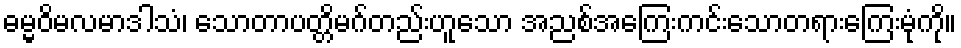
ဓမ္မဝိမလမာဒါသံ၊ သောတာပတ္တိမဂ်တည်းဟူသော အညစ်အကြေးကင်းသောတရားကြေးမုံကို။